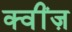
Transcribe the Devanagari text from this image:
क्वींज़